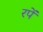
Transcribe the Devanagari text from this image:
रपें